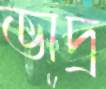
ভাদ্র